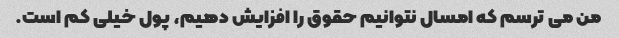
من می ترسم که امسال نتوانیم حقوق را افزایش دهیم، پول خیلی کم است.